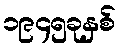
၁၉၄၅ခုနှစ်